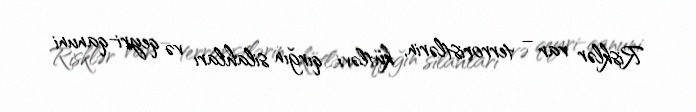
Risklər var – terroristlərin, kütləvi qırğın silahları və qeyri-qanuni